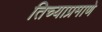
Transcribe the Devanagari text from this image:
तिच्याप्रमाणे